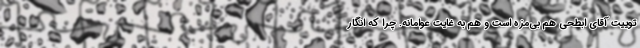
توییت آقای ابطحی هم بی‌مزه است و هم به غایت عوامانه. چرا که انگار